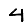
Digit: 4